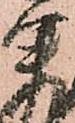
甲